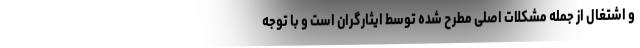
و اشتغال از جمله مشکلات اصلی مطرح شده توسط ایثارگران است و با توجه